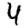
Digit: 4